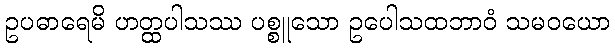
ဥပဓာရေမိ ဟတ္ထပါသဿ ပစ္စူသော ဥပေါသထဘာဝံ သမဝယော